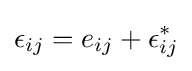
\epsilon _{ij}=e_{ij}+\epsilon _{ij}^{*}